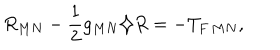
R _ { M N } - \frac { 1 } { 2 } g _ { M N } \diamondsuit R = - T _ { F \, M N } ,